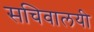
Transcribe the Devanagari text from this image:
सचिवालयी